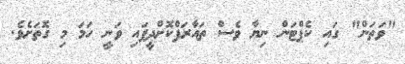
"ވަތަން" ގައި ކެޕްޓަން ނިޔާ ވެސް ތައާރަފްކޮށްދީފައި ވަނީ ހަމަ މި ގޮތަށެވެ.